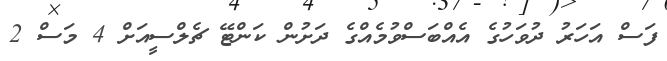
ފަސް އަހަރު ދުވަހުގެ އެއްބަސްވުމެއްގެ ދަށުން ކަންޓޭ ޗެލްސީއަށް 4 މަސް 2